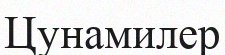
Цунамилер